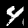
Label: 4